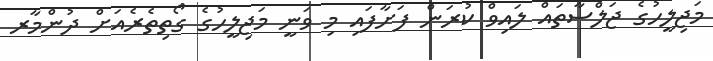
މަޖިލީހުގެ ޖަލްސާތައް ލައިވް ކުރަން ފަށާފައި މި ވަނީ މަޖިލީހުގެ ގޯތިތެރެއަށް ދުންމާރ